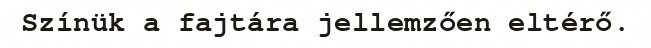
Színük a fajtára jellemzően eltérő.